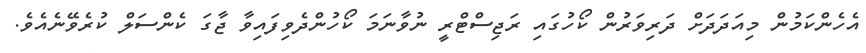
އެހެންކަމުން މިއަދަދަށް ދަރިވަރުން ކޯހުގައި ރަޖިސްޓްރީ ނުވާނަމަ ކޯހުންދެވިފައިވާ ޖާގަ ކެންސަލް ކުރެވޭނެއެވެ.